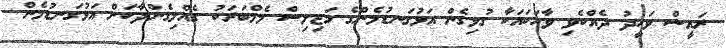
ރައީސް ވަހީދު ދެއްކެވި ވާހަކައަކާ ގުޅިގެން އަޅުގަނޑުމެންގެ މަޖިލިސް މެމްބަރަކު ގެއްލިގެންދާކަށް އަޅުގަނޑުމެން